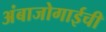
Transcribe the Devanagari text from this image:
अंबाजोगाईची